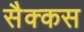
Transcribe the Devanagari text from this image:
सैक्कस